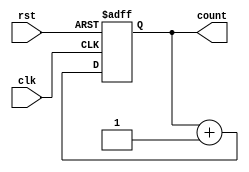
module synchronous_counter (
    input clk,
    input rst,
    output reg [3:0] count
);

always @(posedge clk or posedge rst) begin
    if (rst) begin
        count <= 4'b0000; // Initialize count value to 0
    end else begin
        count <= count + 1; // Increment count value on each clock cycle
    end
end

endmodule